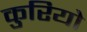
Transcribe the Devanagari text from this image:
कुरियो